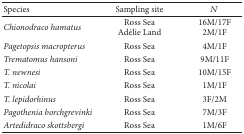
| Species | Sampling site | N |
 | --- | --- | --- |
 | Chionodraco hamatus | Ross SeaAdélie Land | 16M/17F2M/1F |
 | Pagetopsis macropterus | Ross Sea | 4M/1F |
 | Trematomus hansoni | Ross Sea | 9M/11F |
 | T. newnesi | Ross Sea | 10M/15F |
 | T. nicolai | Ross Sea | 1M/1F |
 | T. lepidorhinus | Ross Sea | 3F/2M |
 | Pagothenia borchgrevinki | Ross Sea | 7M/3F |
 | Artedidraco skottsbergi | Ross Sea | 1M/6F |